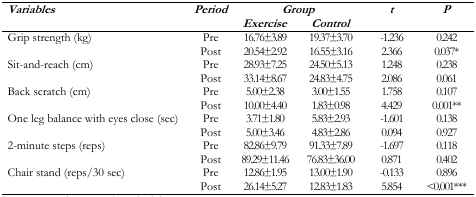
<table><thead><tr><td rowspan="2"><b><i>Variables</i></b></td><td rowspan="2"><b><i>Period</i></b></td><td colspan="2"><b><i>Group</i></b></td><td rowspan="2"><b><i>t</i></b></td><td rowspan="2"><b><i>P</i></b></td></tr><tr><td><b><i>Exercise</i></b></td><td><b><i>Control</i></b></td></tr></thead><tbody><tr><td rowspan="2">Grip strength (kg)</td><td>Pre</td><td>16.76±3.89</td><td>19.37±3.70</td><td>−1.236</td><td>0.242</td></tr><tr><td>Post</td><td>20.54±2.92</td><td>16.55±3.16</td><td>2.366</td><td>0.037<sup>*</sup></td></tr><tr><td rowspan="2">Sit-and-reach (cm)</td><td>Pre</td><td>28.93±7.25</td><td>24.50±5.13</td><td>1.248</td><td>0.238</td></tr><tr><td>Post</td><td>33.14±8.67</td><td>24.83±4.75</td><td>2.086</td><td>0.061</td></tr><tr><td rowspan="2">Back scratch (cm)</td><td>Pre</td><td>5.00±2.38</td><td>3.00±1.55</td><td>1.758</td><td>0.107</td></tr><tr><td>Post</td><td>10.00±4.40</td><td>1.83±0.98</td><td>4.429</td><td>0.001<sup>**</sup></td></tr><tr><td rowspan="2">One leg balance with eyes close (sec)</td><td>Pre</td><td>3.71±1.80</td><td>5.83±2.93</td><td>−1.601</td><td>0.138</td></tr><tr><td>Post</td><td>5.00±3.46</td><td>4.83±2.86</td><td>0.094</td><td>0.927</td></tr><tr><td rowspan="2">2-minute steps (reps)</td><td>Pre</td><td>82.86±9.79</td><td>91.33±7.89</td><td>−1.697</td><td>0.118</td></tr><tr><td>Post</td><td>89.29±11.46</td><td>76.83±36.00</td><td>0.871</td><td>0.402</td></tr><tr><td rowspan="2">Chair stand (reps/30 sec)</td><td>Pre</td><td>12.86±1.95</td><td>13.00±1.90</td><td>−0.133</td><td>0.896</td></tr><tr><td>Post</td><td>26.14±5.27</td><td>12.83±1.83</td><td>5.854</td><td>&lt;0.001<sup>***</sup></td></tr></tbody></table>